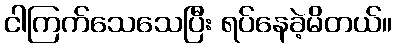
ငါကြက်သေသေပြီး ရပ်နေခဲ့မိတယ်။